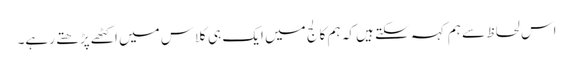
اس لحاظ سے ہم کہہ سکتے ہیں کہ ہم کالج میں ایک ہی کلاس میں اکٹھے پڑھتے رہے۔